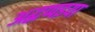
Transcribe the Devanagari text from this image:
अद्धप्पइया